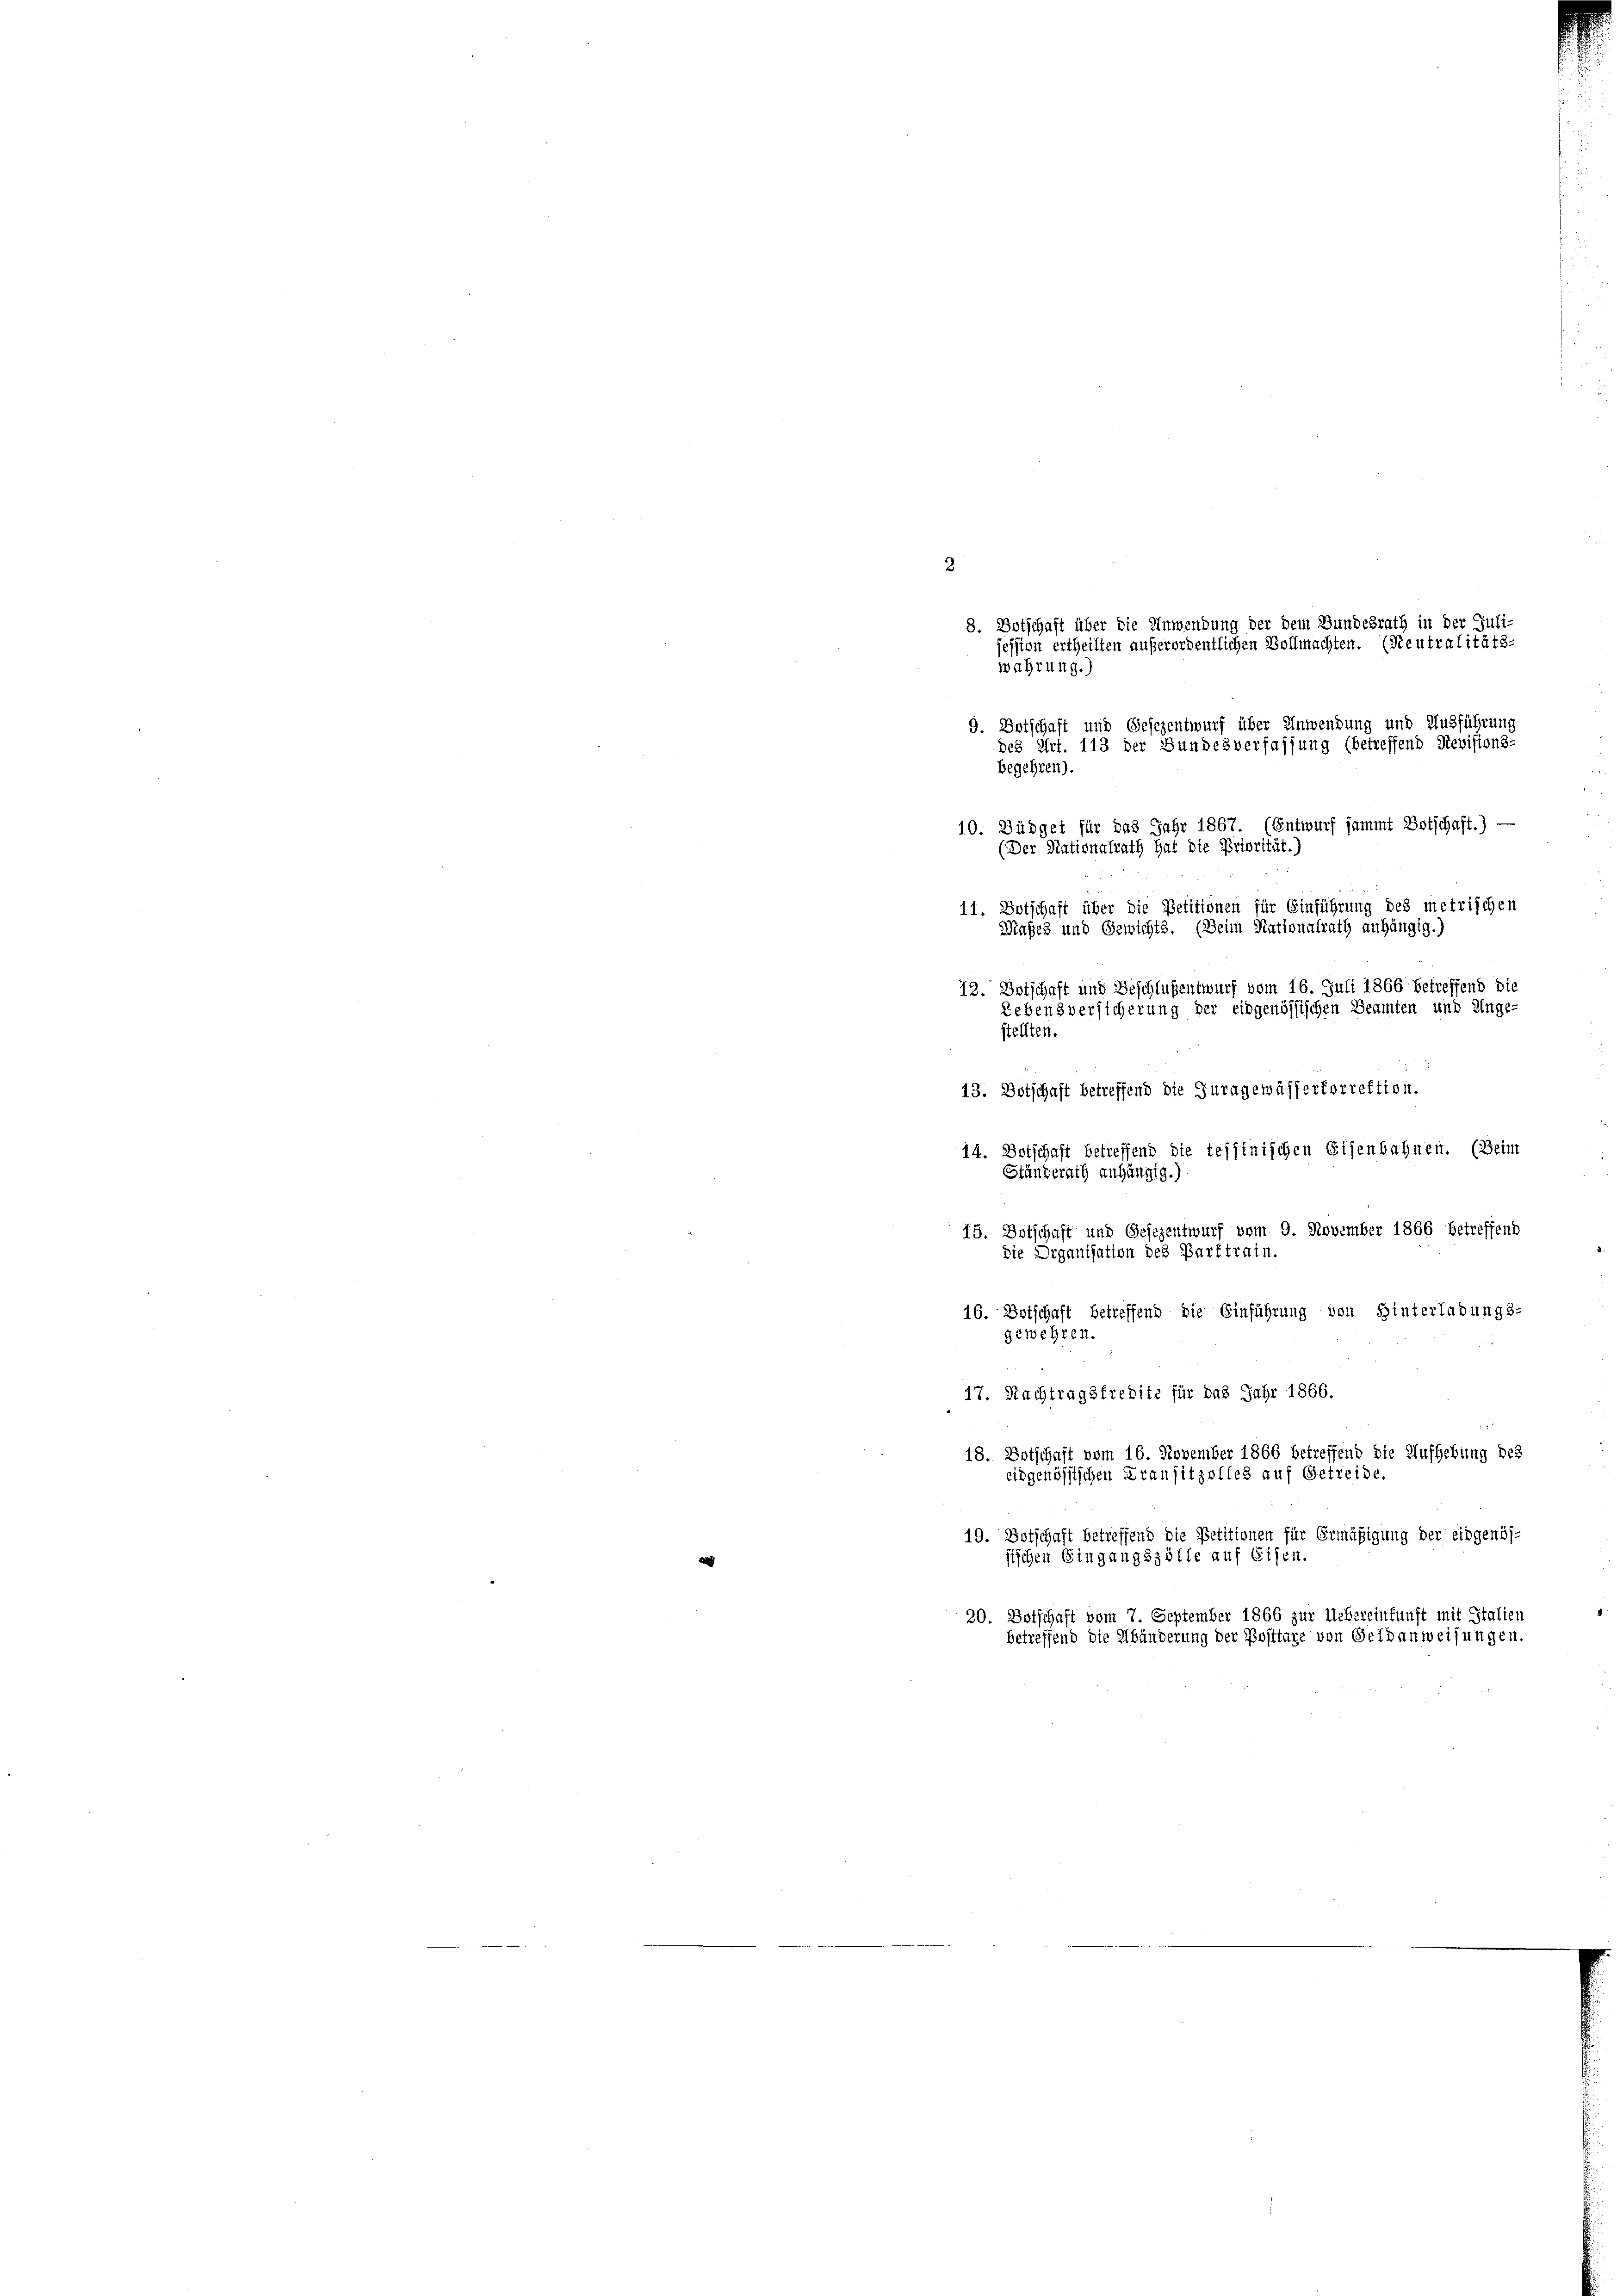
2
9. Botschaft und Gesezentwurf über Anwendung und Ausführung
des Art. 113 der Bundesverfassung (betreffend Revisions-
betreffend die teffinischen Eisenbahnen. (Beim
14. Botsch
Ständerath anhängig.,
15. Botschaft und Gesezentwurf vom 9. November 1866 betreffend
Die Organisation des Barttrain.
16. Entschaft betreffend die Einführung von Hinterladungs-
gewehren.
17. Nachtragsfrebite für das Jahr 1866.

wahrung.)
begehren).
(Der Nationalrath hat die Priorität.)

sischen Eingangszölle auf Eisen.

8. Botschaft über die Anwendung der dem Bundesrath in der Juli-
ession ertheilten außerordentlichen Vollmachten. (Neutralitäts-

10. Büdget für das Jahr 1867. (Entwurf sammt Entschaft.) -
11. Botschaft über die Petitionen für Einführung des metrischen
Maßes und Gewichts. (Beim Nationalrath anhängig.)
12. Botschaft und Beschlußentwurf vom 16. Juli 1866 betreffend die
Lebensversicherung der eidgenössischen Beamten und Unge-
stellten.
13. Botschaft betreffend die Juragewässertorrektion.

20. Entschaft vom 7. September 1866 zur Uebereinkunft mit Stalien
betreffend die Abänderung der Posttare von Geldanweisungen.

18. Botschaft vom 16. November 1866 betreffend die Aufhebung des
eidgenössischen Kransitzolles auf Getreide.
19. Botschaft betreffend die Petitionen für Ermäßigung der eidgenös-